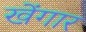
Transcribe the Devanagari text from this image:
खेंगार